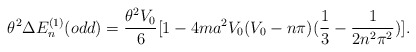
\begin{align*}\theta^{2}\Delta E_{n}^{(1)}(odd)=\frac{\theta^{2}V_{0}}{6}[1-4ma^{2}V_{0}(V_{0}-n\pi)(\frac{1}{3}-\frac{1}{2n^{2}\pi^{2}})] .\end{align*}